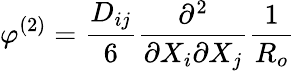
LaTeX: \varphi^{(2)}=\frac{D_{ij}}{6}\frac{\partial^{2}}{\partial X_{i}\partial X_{j}}\frac{1}{R_{o}}